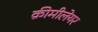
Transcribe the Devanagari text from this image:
क्रीमीलेयर